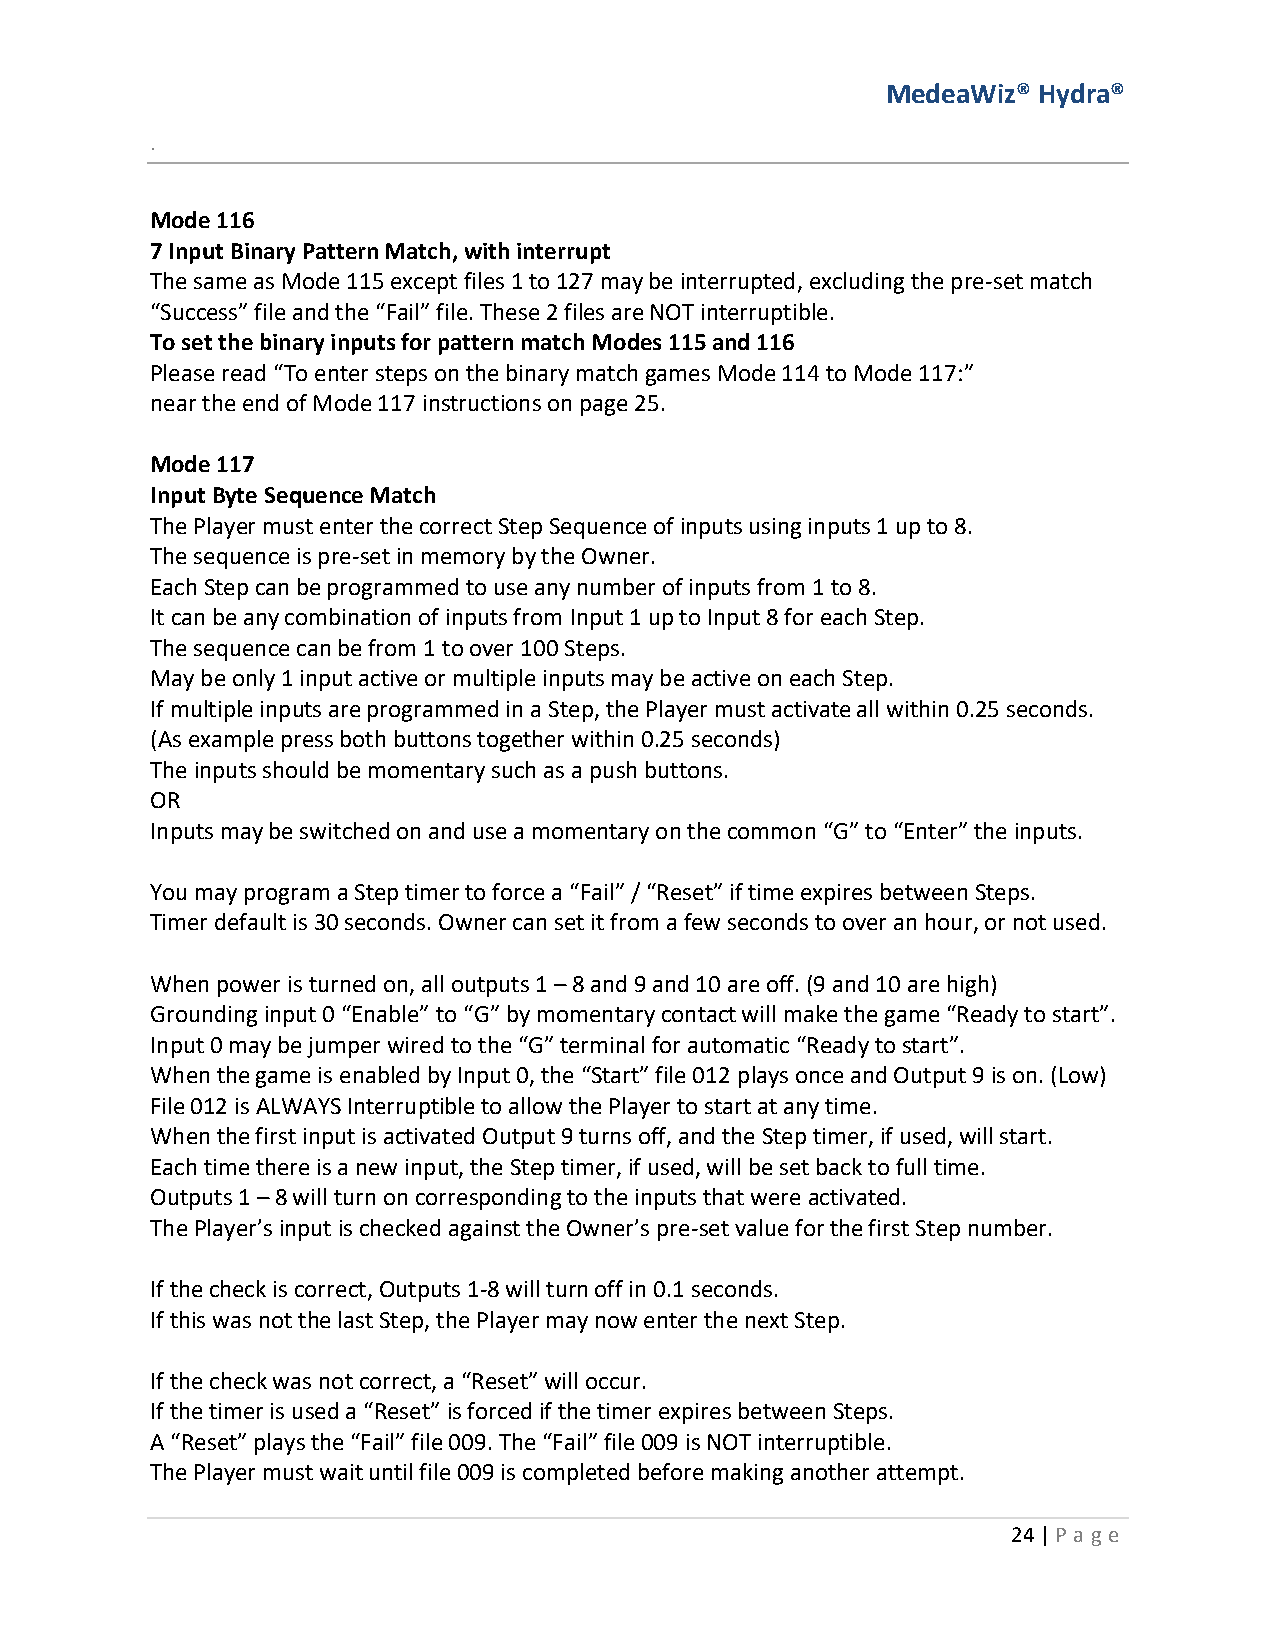
MedeaWiz® Hydra®
 .
 Mode 116
 7 Input Binary Pattern Match, with interrupt
 The same as Mode 115 except files 1 to 127 may be interrupted, excluding the pre-set match
 “Success” file and the “Fail” file. These 2 files are NOT interruptible.
 To set the binary inputs for pattern match Modes 115 and 116
 Please read “To enter steps on the binary match games Mode 114 to Mode 117:”
 near the end of Mode 117 instructions on page 25.
 Mode 117
 Input Byte Sequence Match
 The Player must enter the correct Step Sequence of inputs using inputs 1 up to 8.
 The sequence is pre-set in memory by the Owner.
 Each Step can be programmed to use any number of inputs from 1 to 8.
 It can be any combination of inputs from Input 1 up to Input 8 for each Step.
 The sequence can be from 1 to over 100 Steps.
 May be only 1 input active or multiple inputs may be active on each Step.
 If multiple inputs are programmed in a Step, the Player must activate all within 0.25 seconds.
 (As example press both buttons together within 0.25 seconds)
 The inputs should be momentary such as a push buttons.
 OR
 Inputs may be switched on and use a momentary on the common “G” to “Enter” the inputs.
 You may program a Step timer to force a “Fail” / “Reset” if time expires between Steps.
 Timer default is 30 seconds. Owner can set it from a few seconds to over an hour, or not used.
 When power is turned on, all outputs 1 – 8 and 9 and 10 are off. (9 and 10 are high)
 Grounding input 0 “Enable” to “G” by momentary contact will make the game “Ready to start”.
 Input 0 may be jumper wired to the “G” terminal for automatic “Ready to start”.
 When the game is enabled by Input 0, the “Start” file 012 plays once and Output 9 is on. (Low)
 File 012 is ALWAYS Interruptible to allow the Player to start at any time.
 When the first input is activated Output 9 turns off, and the Step timer, if used, will start.
 Each time there is a new input, the Step timer, if used, will be set back to full time.
 Outputs 1 – 8 will turn on corresponding to the inputs that were activated.
 The Player’s input is checked against the Owner’s pre-set value for the first Step number.
 If the check is correct, Outputs 1-8 will turn off in 0.1 seconds.
 If this was not the last Step, the Player may now enter the next Step.
 If the check was not correct, a “Reset” will occur.
 If the timer is used a “Reset” is forced if the timer expires between Steps.
 A “Reset” plays the “Fail” file 009. The “Fail” file 009 is NOT interruptible.
 The Player must wait until file 009 is completed before making another attempt.
 24 | P age